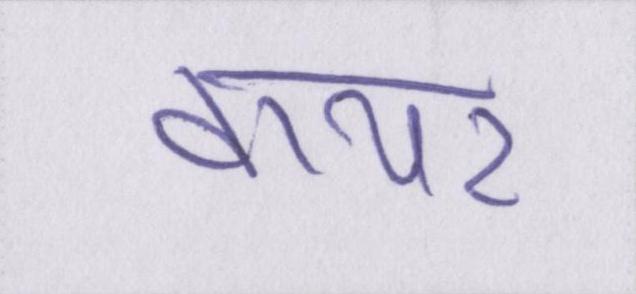
वायर